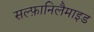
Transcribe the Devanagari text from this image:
सल्फ़ानिलैमाइड